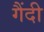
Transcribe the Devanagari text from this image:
गैंदी